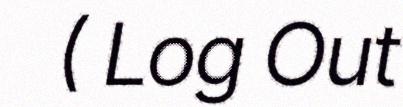
( Log Out